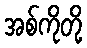
အစ်ကိုတို့